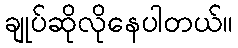
ချုပ်ဆိုလိုနေပါတယ်။